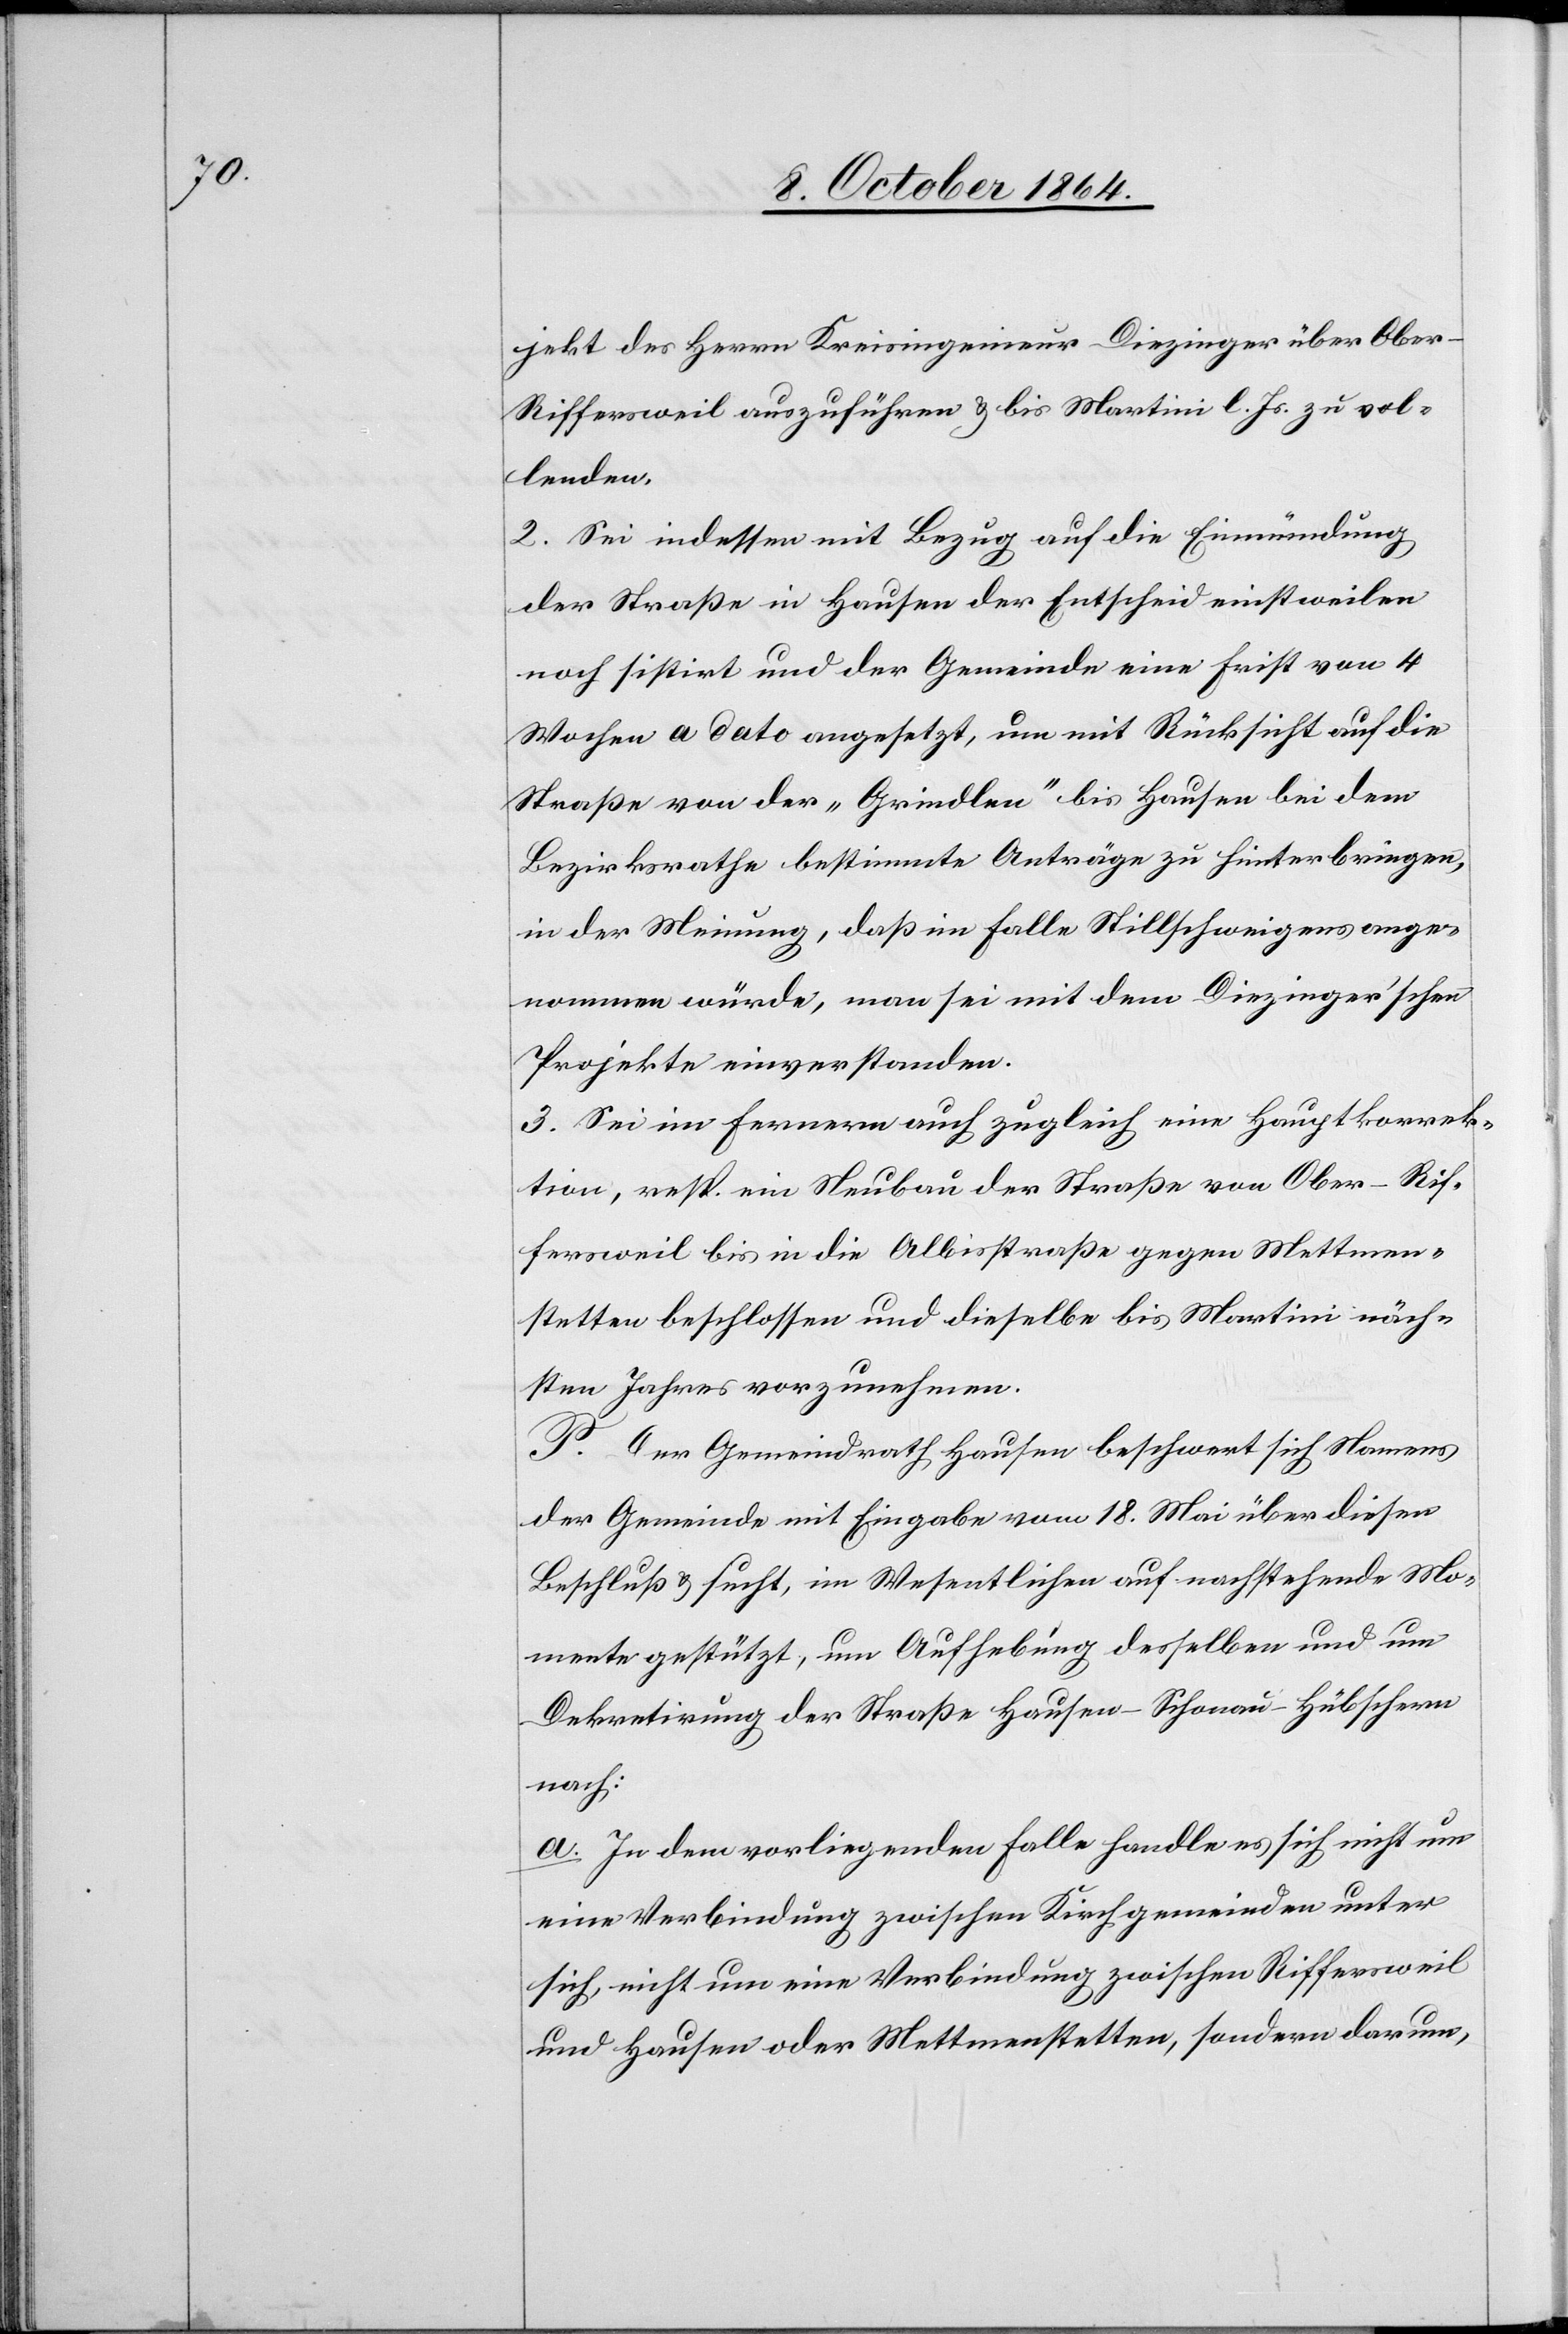
jekt des Herrn Kreisingenieur Diezinger über Ober-R¬
iffersweil auszuführen & bis Martini l. Js. zu vol¬
lenden.
2. Sei indessen mit Bezug auf die Einmündung
der Straße in Hausen der Entscheid einstweilen
noch sistirt und der Gemeinde eine Frist von 4
Wochen a dato angesetzt, um mit Rücksicht auf die
Straße von der „Grindlen“ bis Hausen bei dem
Bezirksrathe bestimmte Anträge zu hinterbringen,
in der Meinung, daß im Falle Stillschweigens ange¬
nommen würde, man sei mit dem Diezinger’schen
Projekte einverstanden.
3. Sei im Ferneren auch zugleich eine Hauptkorrek¬
tion, resp. ein Neubau der Straße von Ober-Rif¬
fersweil bis in die Albisstraße gegen Mettmen¬
stetten beschlossen und dieselbe bis Martini näch¬
sten Jahres vorzunehmen.
P. Der Gemeindrath Hausen beschwert sich Namens
der Gemeinde mit Eingabe vom 18. Mai über diesen
Beschluß & sucht, im Wesentlichen auf nachstehende Mo¬
mente gestützt, um Aufhebung desselben und um
Dekretirung der Straße Hausen–Schonau–Hübschern
nach:
a. In dem vorliegenden Falle handle es sich nicht um
eine Verbindung zwischen Kirchgemeinden unter
sich, nicht um eine Verbindung zwischen Riffersweil
und Hausen oder Mettmenstetten, sondern darum,